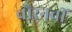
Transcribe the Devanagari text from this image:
चौरनवीं